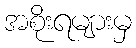
အစိုးရများမှ